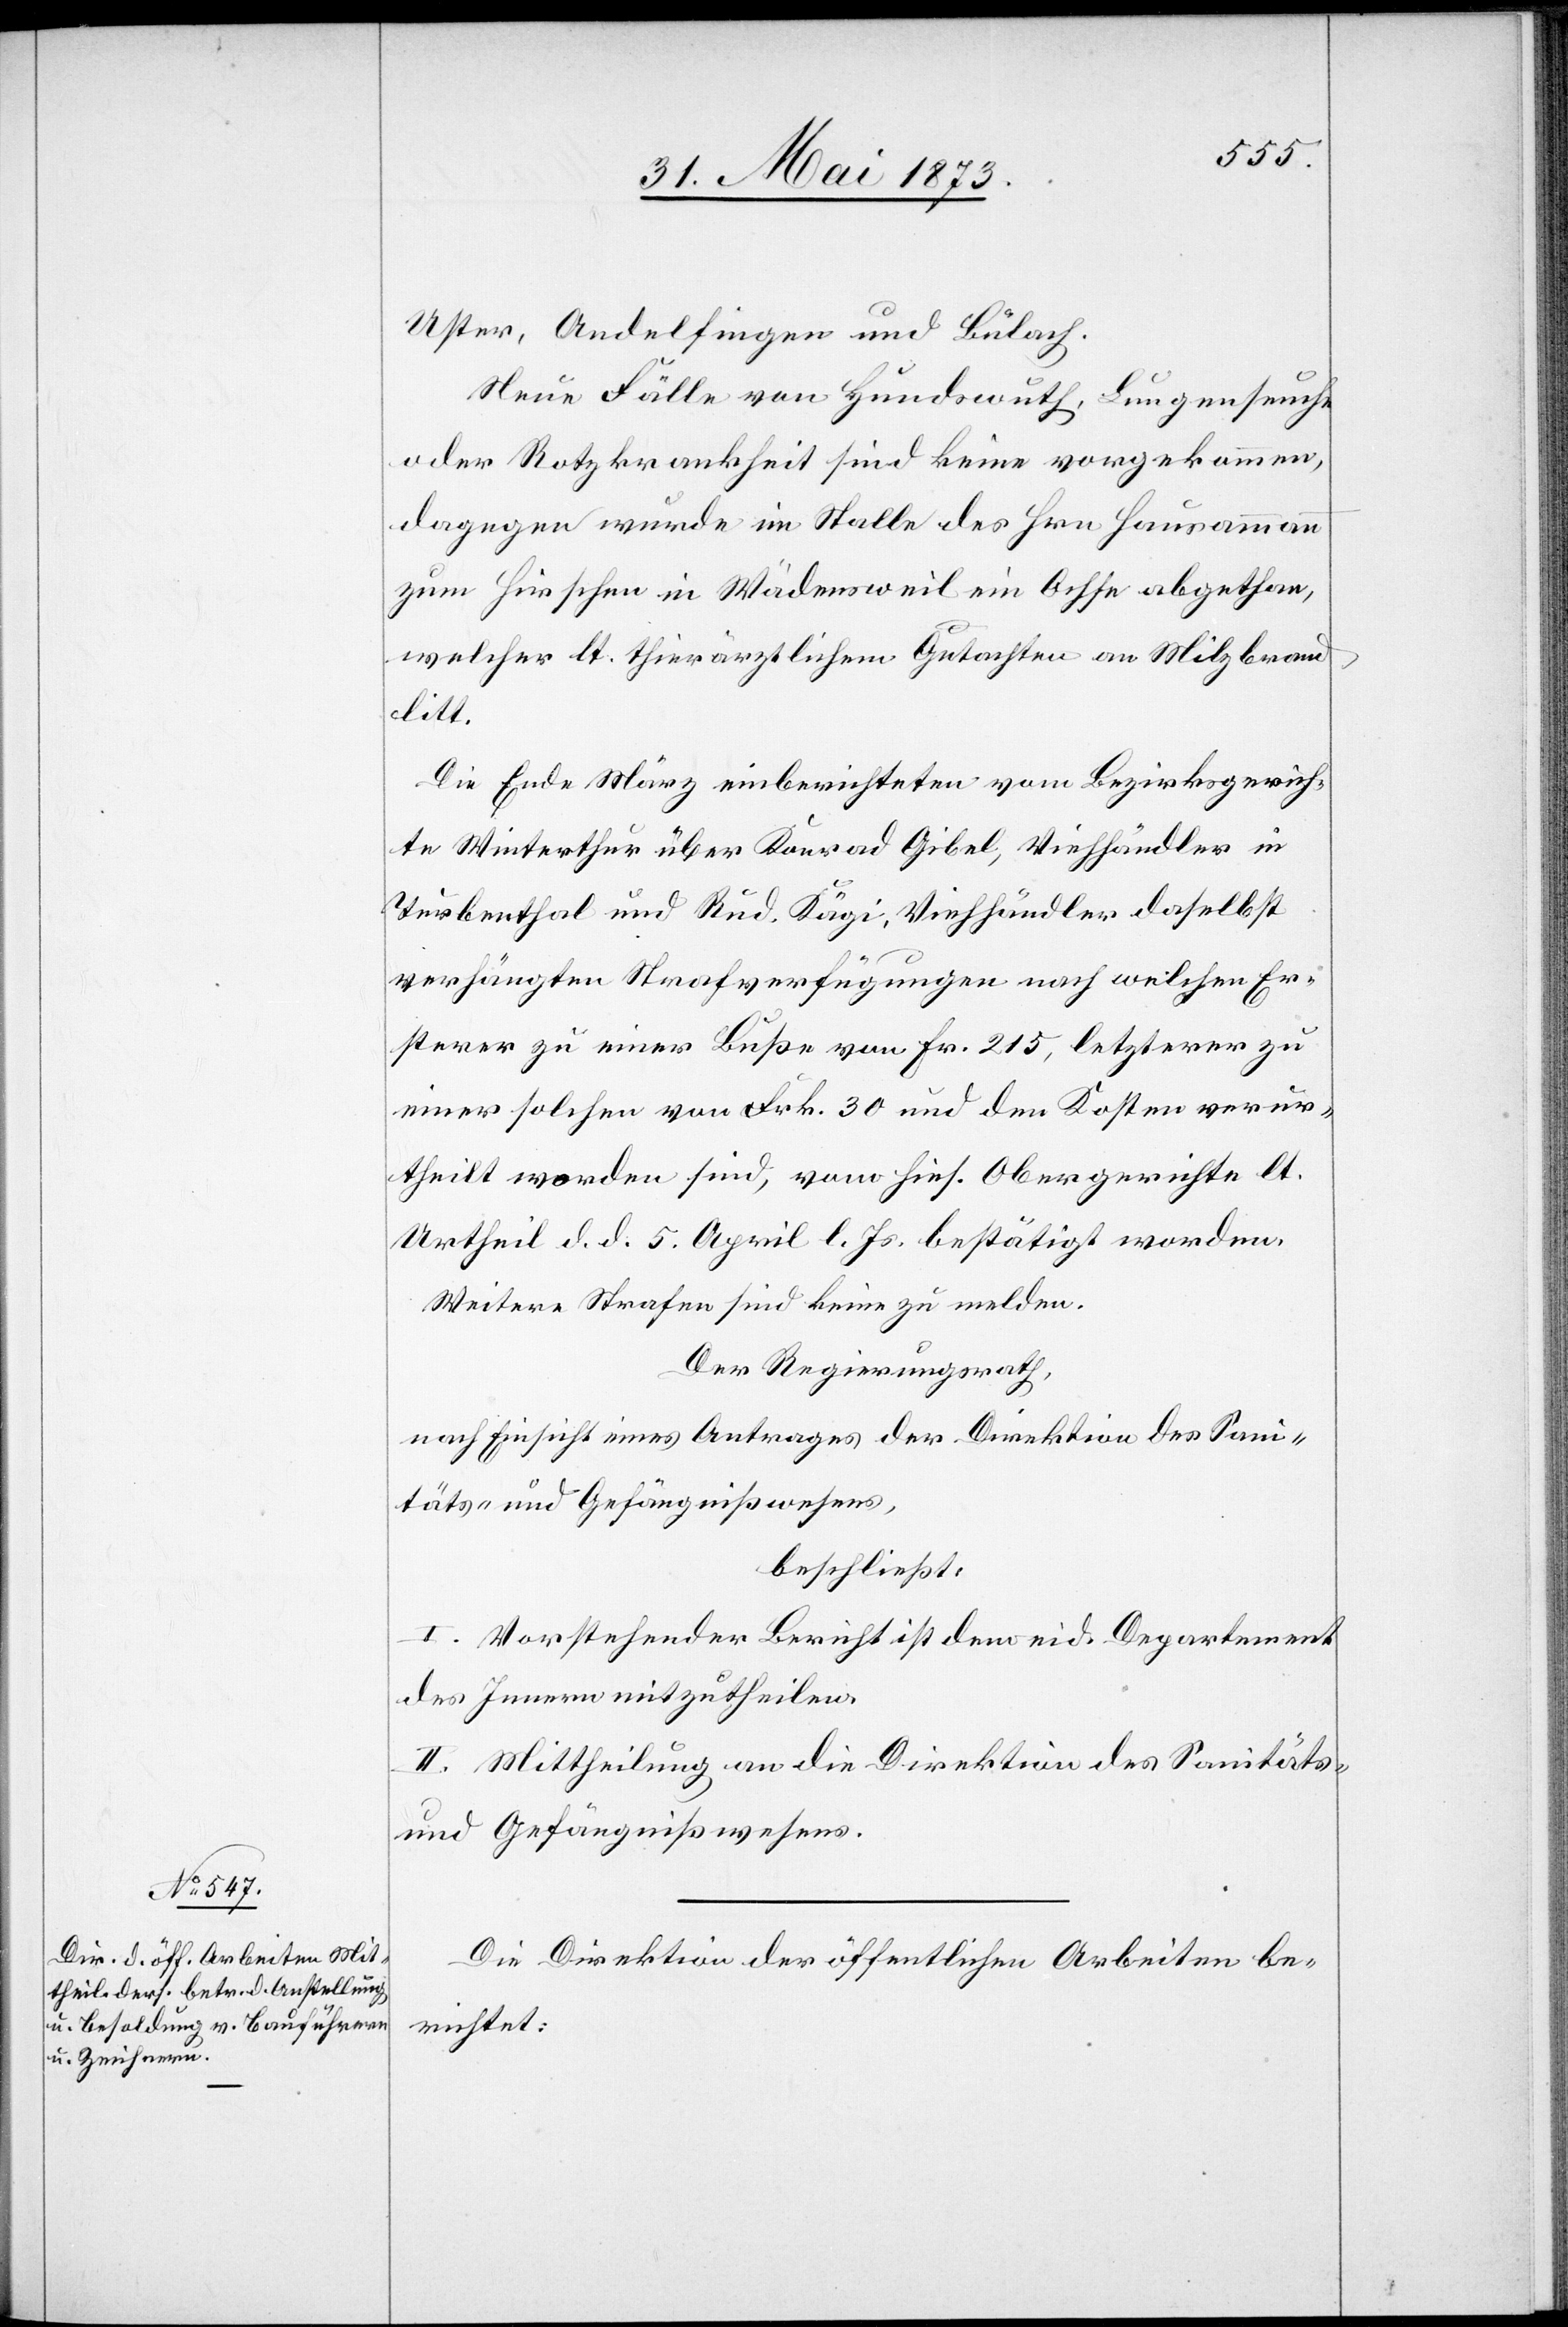
Uster, Andelfingen und Bülach.
Neue Fälle von Hundswuth, Lungenseuche
oder Rotzkrankheit sind keine vorgekommen,
dagegen wurde im Stalle des Hrn. Hausammann
zum Hirschen in Wädensweil ein Ochse abgethan,
welcher lt. thierärztlichem Gutachten an Milzbrand
litt.
Die Ende März einberichteten vom Bezirksgerich¬
te Winterthur über Konrad Gibel, Viehhändler in
Turbenthal und Rud. Kägi, Viehhändler daselbst
verhängten Strafverfügungen nach welchen Er¬
sterer zu einer Buße von Fr. 215, letzterer zu
einer solchen von Frk. 30 und den Kosten verur¬
theilt worden sind, vom hies. Obergerichte lt.
Urtheil d. d. 5. April l. Js. bestätigt worden.
Weitere Strafen sind keine zu melden.
Der Regierungsrath,
nach Einsicht eines Antrages der Direktion des Sani¬
täts- und Gefängnißwesens,
beschließt:
I. Vorstehender Bericht ist dem eid. Departement
des Innern mitzutheilen.
II. Mittheilung an die Direktion des Sanitäts-
und Gefängnißwesens.
Die Direktion der öffentlichen Arbeiten be¬
richtet: